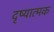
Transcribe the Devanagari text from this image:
दृष्यात्मक